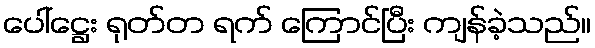
ပေါ်ဋ္ဌေး ရုတ်တ ရက် ကြောင်ပြီး ကျန်ခဲ့သည်။